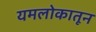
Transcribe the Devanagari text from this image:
यमलोकातून